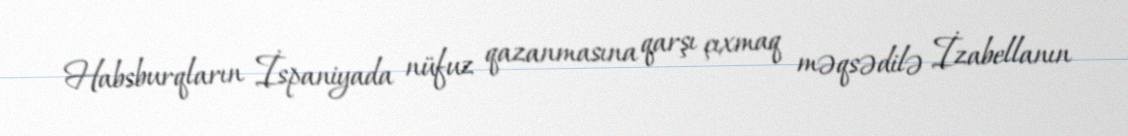
Habsburqların İspaniyada nüfuz qazanmasına qarşı çıxmaq məqsədilə İzabellanın